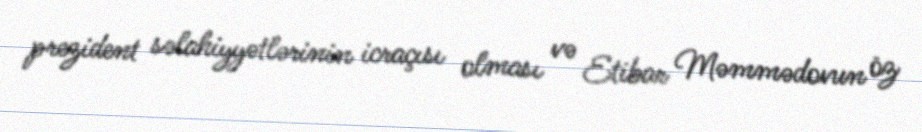
prezident səlahiyyətlərinin icraçısı olması və Etibar Məmmədovun öz